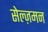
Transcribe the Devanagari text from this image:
सेल्ज़मन